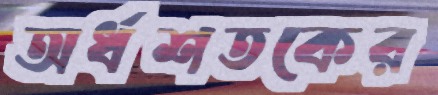
অর্ধশতকের